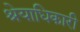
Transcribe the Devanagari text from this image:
श्रेयाधिकारी